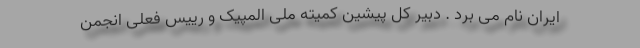
ایران نام می برد . دبیر کل پیشین کمیته ملی المپیک و رییس فعلی انجمن